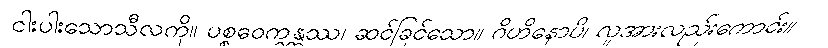
ငါးပါးသောသီလကို။ ပစ္စဝေက္ခန္တဿ၊ ဆင်ခြင်သော။ ဂိဟိနောပိ၊ လူအားလည်းကောင်း။